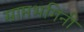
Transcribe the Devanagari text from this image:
साप्तभगिनी